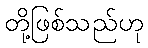
တို့ဖြစ်သည်ဟု